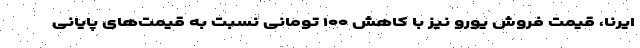
ایرنا، قیمت فروش یورو نیز با کاهش ۱۰۰ تومانی نسبت به قیمت‌های پایانی